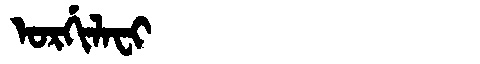
Manchu: ᠣᡵᡤᡳᠯᠠᠸᡳ
Romanization: ORGILAFI